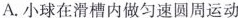
A.小球在滑槽内做匀速圆周运动